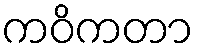
ကဝိကတာ